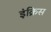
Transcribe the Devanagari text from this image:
इंक्रिस